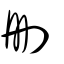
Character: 刪